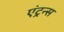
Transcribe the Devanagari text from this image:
एंट्रन्स